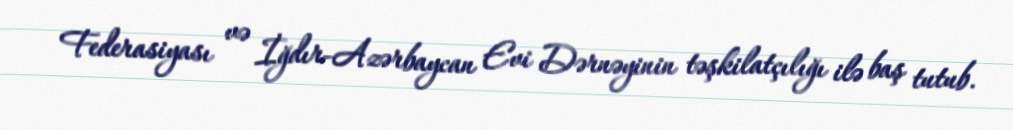
Federasiyası və İğdır-Azərbaycan Evi Dərnəyinin təşkilatçılığı ilə baş tutub.